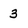
Character: 3